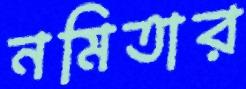
নমিতার